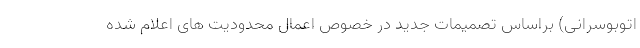
اتوبوسرانی) براساس تصمیمات جدید در خصوص اعمال محدودیت های اعلام شده